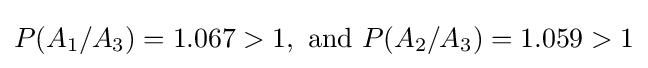
P(A_{1}/A_{3})=1.067>1,{\text{ and }}P(A_{2}/A_{3})=1.059>1